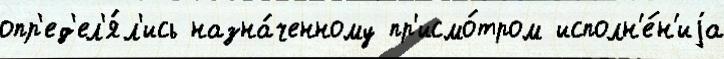
опр'ед'ел'я́л'ись назна́ченному пр'исмо́тром исполн'е́н'иjа